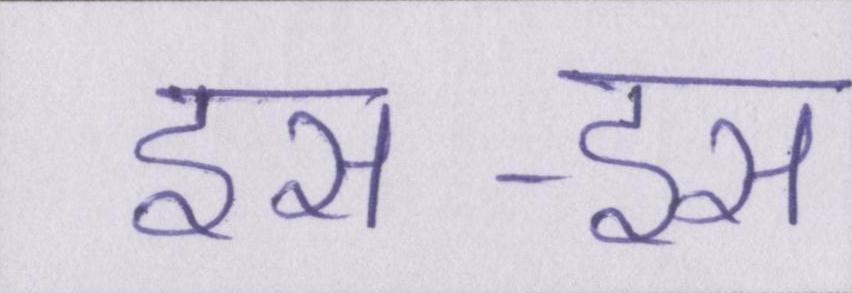
इस-इस